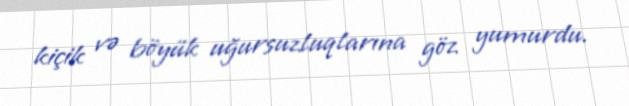
kiçik və böyük uğursuzluqlarına göz yumurdu.